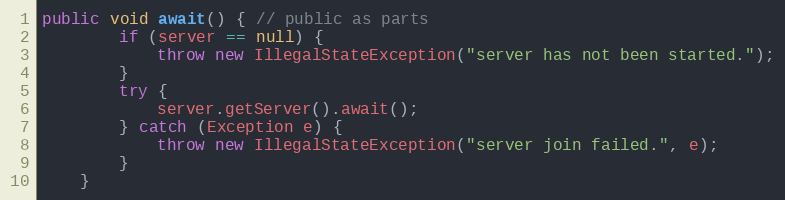
Language: Java
public void await() { // public as parts
        if (server == null) {
            throw new IllegalStateException("server has not been started.");
        }
        try {
            server.getServer().await();
        } catch (Exception e) {
            throw new IllegalStateException("server join failed.", e);
        }
    }